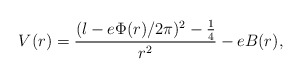
\begin{align*}V(r) = \frac{(l - e\Phi(r)/2\pi)^2 - \frac{1}{4}}{r^2} - eB(r),\end{align*}